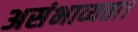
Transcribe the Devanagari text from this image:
असंभाव्यता।